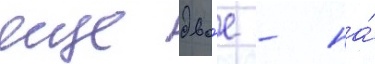
еще дво́е - на́